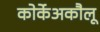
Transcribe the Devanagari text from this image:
कोर्केअकौलू